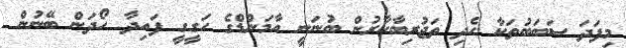
މިފަދަ ސަބަބުތަކާ ހެދި ތަޖުރިބާކާރުން ބުނަނީ އާމަންޑްގެ ހަގީގީ ފައިދާ ހޯދަން ބޭނުން